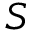
S